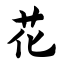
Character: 花